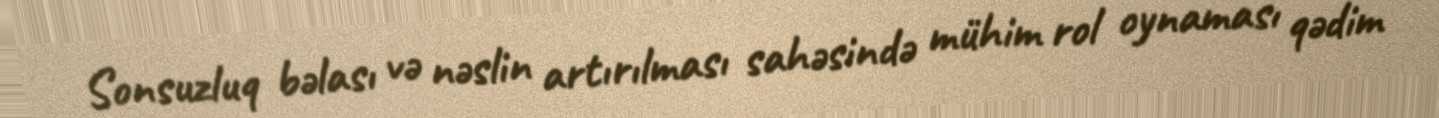
Sonsuzluq bəlası və nəslin artırılması sahəsində mühim rol oynaması qədim